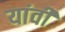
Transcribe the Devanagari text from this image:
यांवी